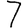
Digit: 7